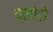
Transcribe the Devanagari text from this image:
प्‍लांटो